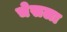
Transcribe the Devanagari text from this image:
चेसला